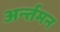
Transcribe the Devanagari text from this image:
अर्न्‍तमन